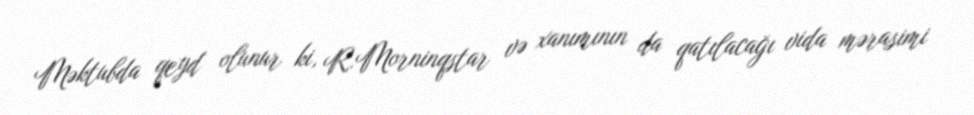
Məktubda qeyd olunur ki, R.Morninqstar və xanımının da qatılacağı vida mərasimi